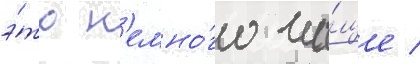
э́то н'емно́го ча́ще /